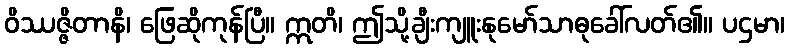
ဝိဿဇ္ဇိတာနိ၊ ဖြေဆိုကုန်ပြီ။ ဣတိ၊ ဤသို့ချီးကျူးနုမော်သာဓုခေါ်လတ်၏။ ပဌမာ၊